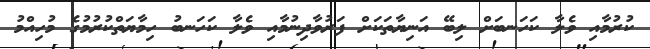
ކުރުމާއި ވެލާ ކަހަނބަށް ލިބޭ އަނިޔާތަކަށް ފަރުވާދިނުމާއި ވެލާ ކަހަނބު ހިމާޔަތްކުރުމުގެ މުހިއްމު